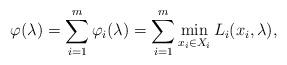
LaTeX: \begin{align*}\varphi(\lambda) = \sum_{i=1}^m \varphi_i(\lambda) = \sum_{i=1}^m \min_{x_i\in X_i} L_i(x_i,\lambda),\end{align*}